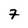
Character: 7